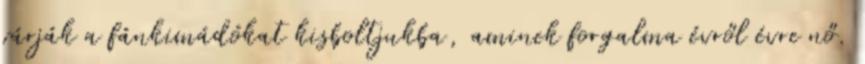
várják a fánkimádókat kisboltjukba, aminek forgalma évről évre nő.